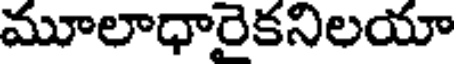
మూలాధారైకనిలయా